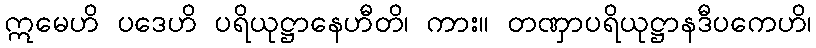
ဣမေဟိ ပဒေဟိ ပရိယုဋ္ဌာနေဟီတိ၊ ကား။ တဏှာပရိယုဋ္ဌာနဒီပကေဟိ၊